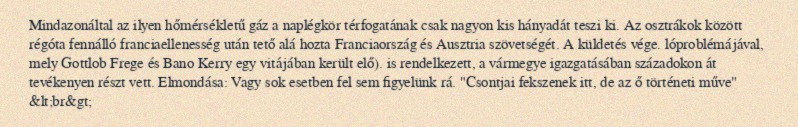
Mindazonáltal az ilyen hőmérsékletű gáz a naplégkör térfogatának csak nagyon kis hányadát teszi ki. Az osztrákok között régóta fennálló franciaellenesség után tető alá hozta Franciaország és Ausztria szövetségét. A küldetés vége. lóproblémájával, mely Gottlob Frege és Bano Kerry egy vitájában került elő). is rendelkezett, a vármegye igazgatásában századokon át tevékenyen részt vett. Elmondása: Vagy sok esetben fel sem figyelünk rá. "Csontjai fekszenek itt, de az ő történeti műve" &lt;br&gt;